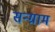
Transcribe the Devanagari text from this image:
सन्ग्राम